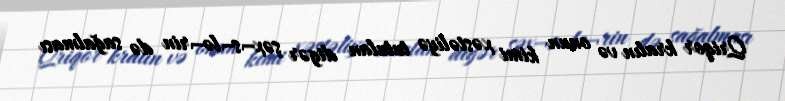
Qriqor kralın və onun kimi xəstəliyə tutulan digər şəx¬s¬lə¬rin də sağalması